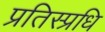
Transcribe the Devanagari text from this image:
प्रतिस्प्रधि